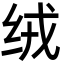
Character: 绒